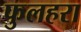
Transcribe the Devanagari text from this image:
फुलहरा